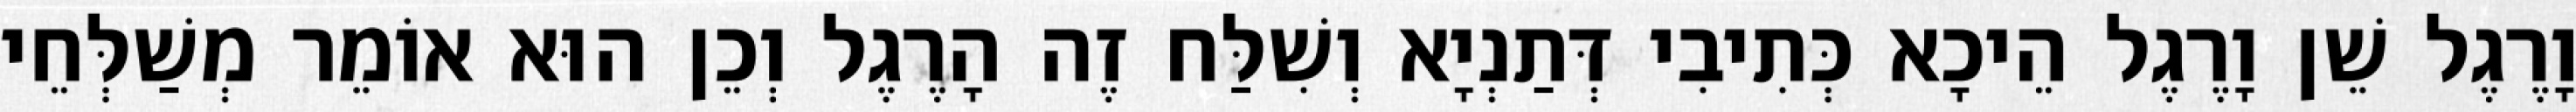
וָרֶגֶל שֵׁן וָרֶגֶל הֵיכָא כְּתִיבִי דְּתַנְיָא וְשִׁלַּח זֶה הָרֶגֶל וְכֵן הוּא אוֹמֵר מְשַׁלְּחֵי